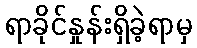
ရာခိုင်နှုန်းရှိခဲ့ရာမှ